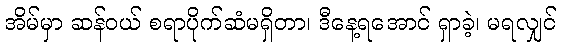
အိမ်မှာ ဆန်ဝယ် စရာပိုက်ဆံမရှိတာ၊ ဒီနေ့ရအောင် ရှာခဲ့၊ မရလျှင်